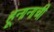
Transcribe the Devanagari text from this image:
हूनानाची